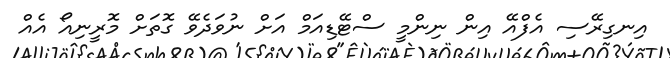
އިނގިރޭސި އެފްއޭ އިން ނިންމީ ސްޓޭޑިއަމް އަށް ނުވަދެވޭ ގޮތަށް މޮރީނިއޯ އެއް